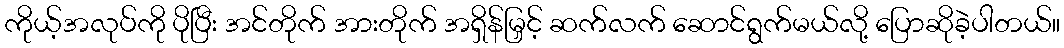
ကိုယ့်အလုပ်ကို ပိုပြီး အင်တိုက် အားတိုက် အရှိန်မြှင့် ဆက်လက် ဆောင်ရွက်မယ်လို့ ပြောဆိုခဲ့ပါတယ်။